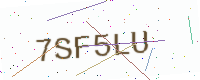
Text: 7SF5LU